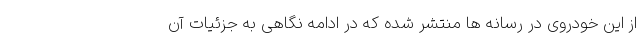
از این خودروی در رسانه ها منتشر شده که در ادامه نگاهی به جزئیات آن